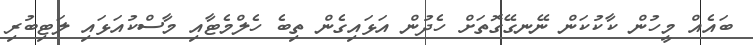
ބައެއް މީހުން ކާކުކަން ނޭނގޭގޮތަށް ހެދުން އަޅައިގެން ތިބެ ހެލްމެޓާއި މާސްކުއަޅައި ލަޓިބުރި